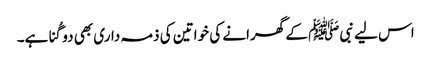
اس لیے نبیﷺ کے گھرانے کی خواتین کی ذمہ داری بھی دو گُنا ہے۔